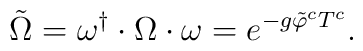
\tilde{\Omega} = \omega^{\dagger}\cdot \Omega\cdot\omega = e^{- g \tilde{\varphi}^c T^c}.